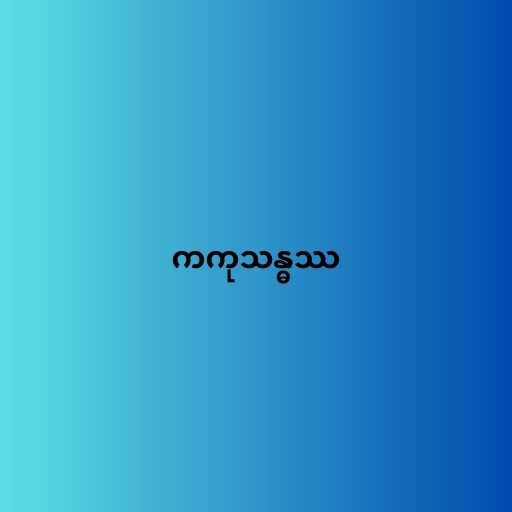
ကကုသန္ဓဿ